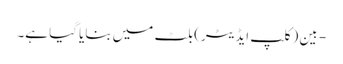
- بین (کلپ ایڈیٹر) بلٹ میں بنایا گیا ہے۔